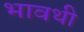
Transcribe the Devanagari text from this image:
भावथी